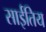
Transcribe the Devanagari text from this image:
साईतिय